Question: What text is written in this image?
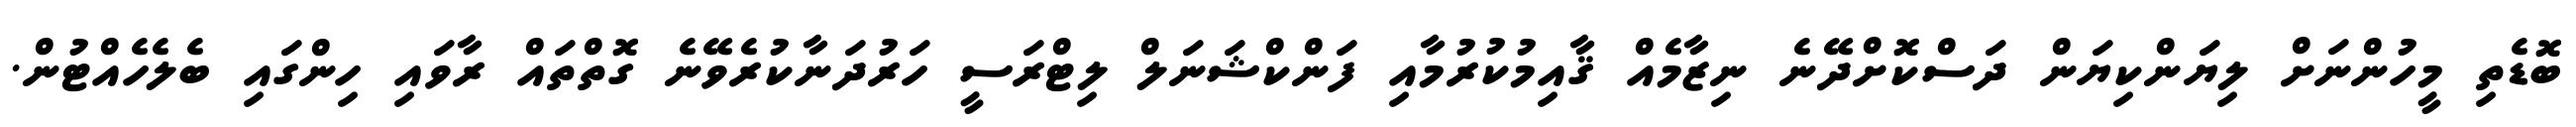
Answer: ބޮޑެތި މީހުންނަށް ލިޔަންކިޔަން ދަސްކޮށްދޭނެ ނިޒާމެއް ޤާއިމުކުރުމާއި ފަންކްޝަނަލް ލިޓްރަސީ ހަރުދަނާކުރެވޭނެ ގޮތްތައް ރާވައި ހިންގައި ބެލެހެއްޓުން.